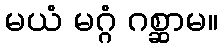
မယံ မဂ္ဂံ ဂစ္ဆာမ။